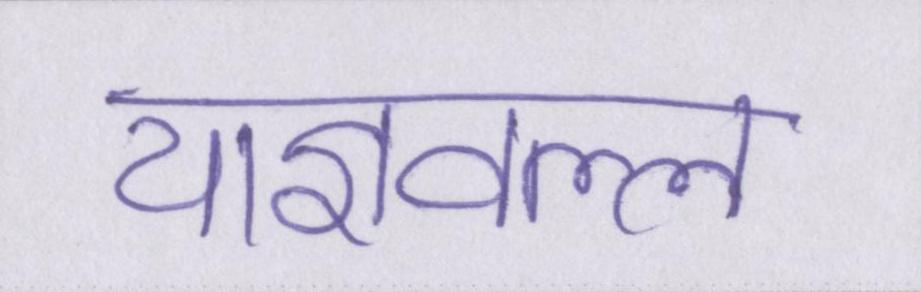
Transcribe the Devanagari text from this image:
याज्ञवल्ल